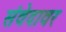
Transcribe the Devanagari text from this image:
संवेदावर